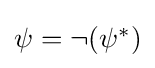
{\textstyle \psi =\neg (\psi ^{*})}